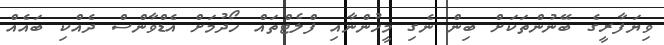
ވިޔަފާރީގެ ބޭނުންތަކަށް ބިން ނެގި މީހުންނާއި ފްލެޓްތައް ހޯދުމަށް އެޑްވާންސް ދެއްކި ބައެއް